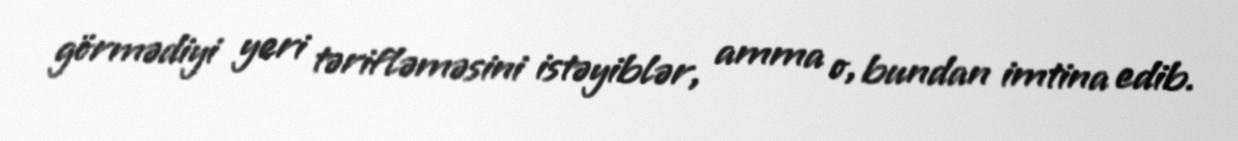
görmədiyi yeri tərifləməsini istəyiblər, amma o, bundan imtina edib.